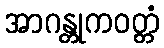
အာဂန္တုကဝတ္တံ